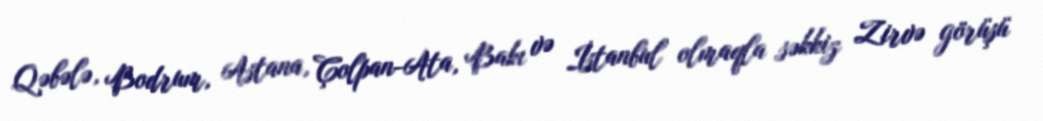
Qəbələ, Bodrum, Astana, Çolpan-Ata, Bakı və İstanbul olmaqla səkkiz Zirvə görüşü